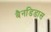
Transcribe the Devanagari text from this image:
बैनडिडास